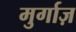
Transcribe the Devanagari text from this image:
मुर्गाज़